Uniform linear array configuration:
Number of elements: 48
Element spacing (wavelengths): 0.5
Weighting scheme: blackman
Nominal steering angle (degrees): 60
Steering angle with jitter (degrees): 60.814
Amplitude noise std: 0.05
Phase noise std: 0.05

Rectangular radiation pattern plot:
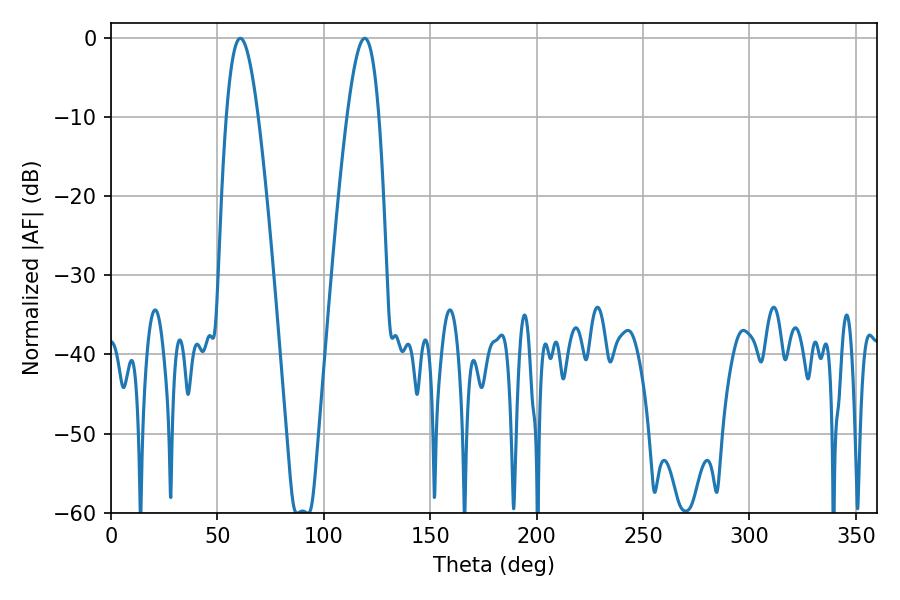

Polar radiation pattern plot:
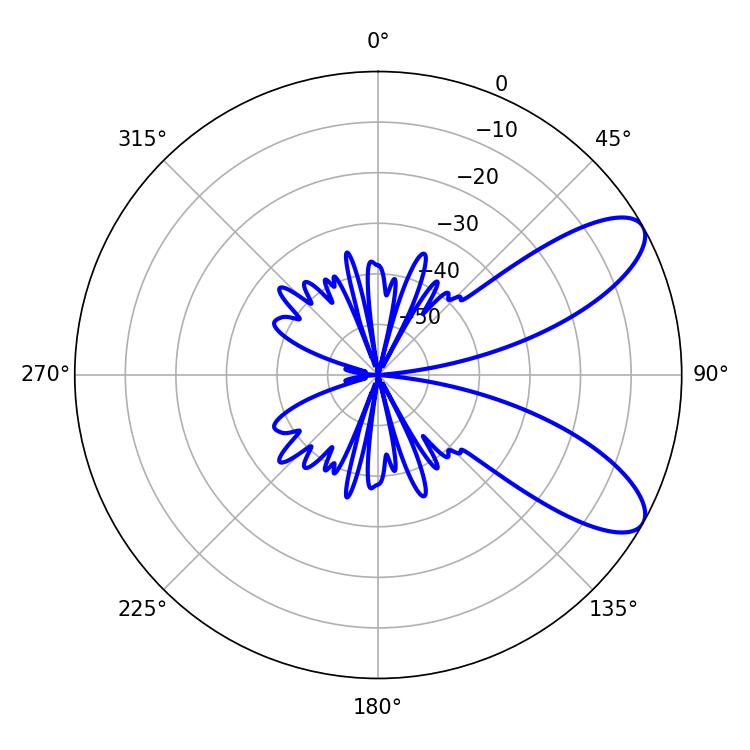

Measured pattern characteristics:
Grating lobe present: FALSE
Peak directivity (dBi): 8.706
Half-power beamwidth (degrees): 8.1
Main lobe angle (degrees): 60.84